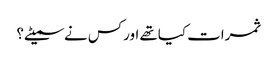
ثمرات کیاتھے اورکس نے سمیٹے؟